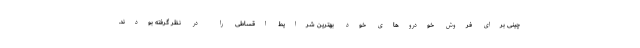
چینی برای فروش خودروهای خود بهترین شرایط اقساطی را در نظر گرفته بودند.